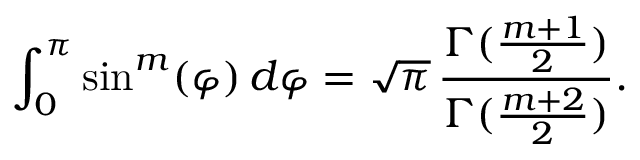
\int _ { 0 } ^ { \pi } \sin ^ { m } ( \varphi ) \, d \varphi = \sqrt { \pi } \, \frac { \Gamma ( \frac { m + 1 } { 2 } ) } { \Gamma ( \frac { m + 2 } { 2 } ) } .